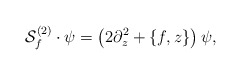
\begin{align*}{\cal S}^{(2)}_f\cdot\psi=\left(2\partial^2_z+\{f,z\}\right)\psi,\end{align*}